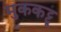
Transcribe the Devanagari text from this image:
मुककट्टू